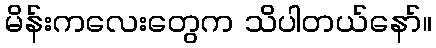
မိန်းကလေးတွေက သိပါတယ်နော်။